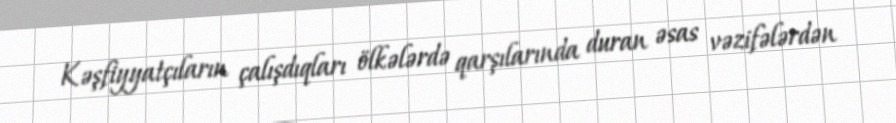
Kəşfiyyatçıların çalışdıqları ölkələrdə qarşılarında duran əsas vəzifələrdən